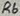
Text: R6